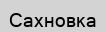
Сахновка